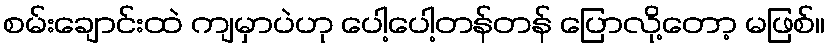
စမ်းချောင်းထဲ ကျမှာပဲဟု ပေါ့ပေါ့တန်တန် ပြောလို့တော့ မဖြစ်။